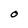
Character: O